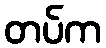
တပ်က